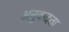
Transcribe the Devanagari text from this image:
अनुवादता